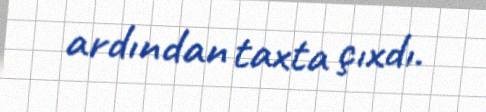
ardından taxta çıxdı.